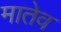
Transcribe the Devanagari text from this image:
मातेव